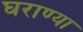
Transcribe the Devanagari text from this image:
घराण्या